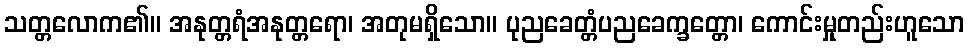
သတ္တလောက၏။ အနုတ္တရံအနုတ္တရော၊ အတုမရှိသော။ ပုညခေတ္တံပညခေက္ခတ္တော၊ ကောင်းမှုတည်းဟူသော